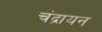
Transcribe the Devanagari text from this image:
चंद्रायन